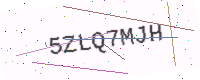
Text: 5ZLQ7MJH